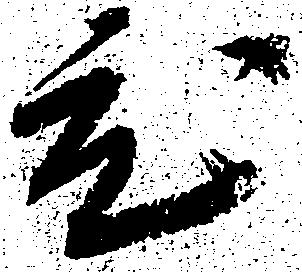
ひ